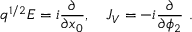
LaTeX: q ^ { 1 / 2 } E = i { \frac { \partial } { \partial x _ { 0 } } } , \quad J _ { V } = - i { \frac { \partial } { \partial \phi _ { 2 } } } \ .